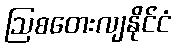
ဩစတေးလျနိုင်ငံ